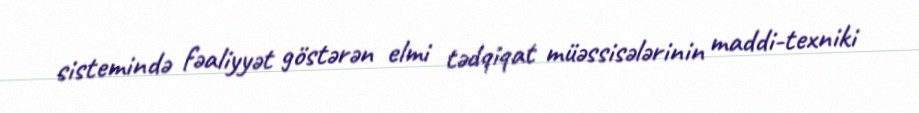
sistemində fəaliyyət göstərən elmi tədqiqat müəssisələrinin maddi-texniki